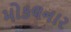
મોકલનાર